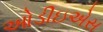
ઓડીઇએસ